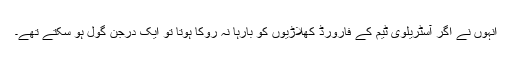
انہوں نے اگر آسٹریلوی ٹیم کے فارورڈ کھلاڑیوں کو بارہا نہ روکا ہوتا تو ایک درجن گول ہو سکتے تھے۔